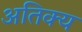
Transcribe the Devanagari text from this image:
अतिक्य